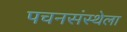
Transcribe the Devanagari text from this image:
पचनसंस्थेला